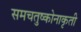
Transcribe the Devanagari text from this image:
समचतुष्कोनाकृती